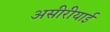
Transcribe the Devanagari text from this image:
असीरीयाई